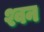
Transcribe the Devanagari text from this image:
श्वन